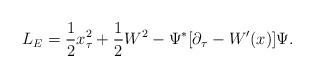
LaTeX: \begin{align*}L_E = {1 \over 2} x_{\tau} ^2 + {1 \over 2} W^2 -\Psi^{\ast}[\partial_{\tau} -W^{\prime}(x)]\Psi.\end{align*}